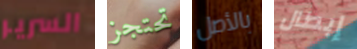
السرير تحتجز بالأصل إبطال